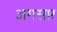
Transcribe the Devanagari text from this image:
अगसार